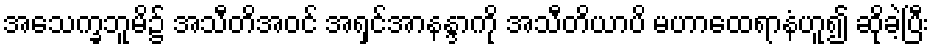
အသေက္ခဘူမိ၌ အသီတိအဝင် အရှင်အာနန္ဒာကို အသီတိယာပိ မဟာထေရာနံဟူ၍ ဆိုခဲ့ပြီး